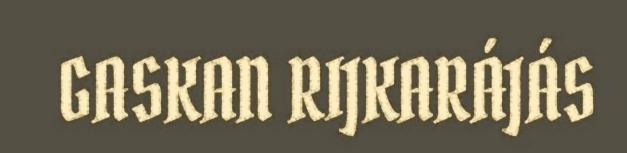
GASKAN RIJKARÁJÁS